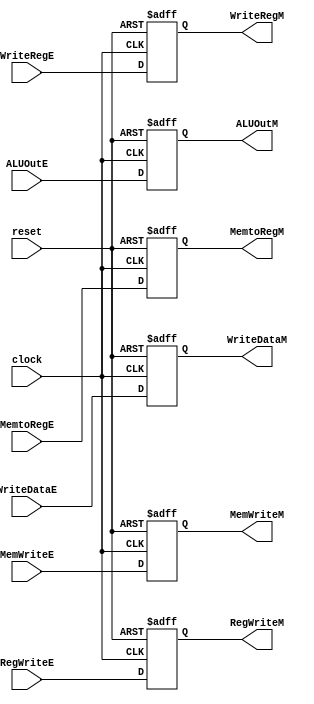
module ExecuteToMemory(
    input clock, reset, RegWriteE, MemtoRegE, MemWriteE, input [31:0] ALUOutE, WriteDataE, input [4:0] WriteRegE,
    output reg RegWriteM, MemtoRegM, MemWriteM, output reg [31:0] ALUOutM, WriteDataM, output reg [4:0] WriteRegM
);

    always @(posedge clock or negedge reset)
    begin
        if(~reset)
        begin
        RegWriteM <=0;
        MemtoRegM <=0;
        MemWriteM <=0;
        ALUOutM   <=0;
        WriteDataM<=0;
        WriteRegM <=0;
        end
        else
        begin
        RegWriteM <=RegWriteE;
        MemtoRegM <=MemtoRegE;
        MemWriteM <=MemWriteE;
        ALUOutM   <=ALUOutE;
        WriteDataM<=WriteDataE;
        WriteRegM <=WriteRegE;
        end                                  
    end

endmodule